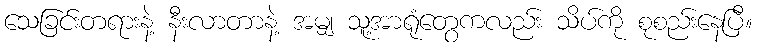
သေခြင်းတရားနဲ့ နီးလာတာနဲ့ အမျှ သူ့အာရုံတွေကလည်း သိပ်ကို စုစည်းနေပြီ။